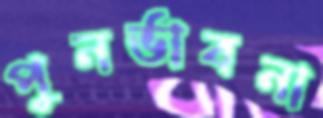
পুনর্ভাবনা